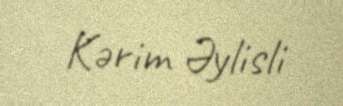
Kərim Əylisli